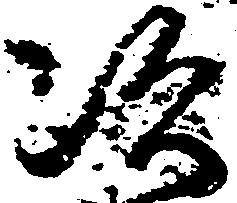
次